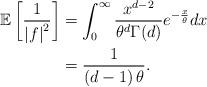
LaTeX: \begin{align*}\mathbb{E}\left[\frac{1}{\left|f\right|^2}\right]&=\int_0^{\infty}\frac{x^{d-2}}{\theta^d\Gamma(d)}e^{-\frac{x}{\theta}}dx \\&=\frac{1}{\left(d-1\right)\theta}.\end{align*}